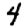
Digit: 4